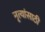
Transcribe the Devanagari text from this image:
नृत्यांसाठी